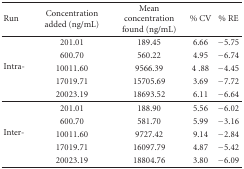
<table><thead><tr><td><b>Run</b></td><td><b>Concentration added (ng/mL)</b></td><td><b>Mean concentration found (ng/mL)</b></td><td><b>% CV</b></td><td><b>% RE</b></td></tr></thead><tbody><tr><td rowspan="5">Intra-</td><td>201.01</td><td>189.45</td><td>6.66</td><td>−5.75</td></tr><tr><td>600.70</td><td>560.22</td><td>4.95</td><td>−6.74</td></tr><tr><td>10011.60</td><td>9566.39</td><td>4 .88</td><td>−4.45</td></tr><tr><td>17019.71</td><td>15705.69</td><td>3.69</td><td>−7.72</td></tr><tr><td>20023.19</td><td>18693.52</td><td>6.11</td><td>−6.64</td></tr><tr><td rowspan="5">Inter-</td><td>201.01</td><td>188.90</td><td>5.56</td><td>−6.02</td></tr><tr><td>600.70</td><td>581.70</td><td>5.99</td><td>−3.16</td></tr><tr><td>10011.60</td><td>9727.42</td><td>9.14</td><td>−2.84</td></tr><tr><td>17019.71</td><td>16097.79</td><td>4.87</td><td>−5.42</td></tr><tr><td>20023.19</td><td>18804.76</td><td>3.80</td><td>−6.09</td></tr></tbody></table>